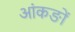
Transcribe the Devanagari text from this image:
आंकङों